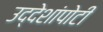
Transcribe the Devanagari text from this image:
उद्देशांपोटी